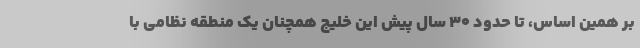
بر همین اساس، تا حدود 30 سال پیش این خلیج همچنان یک منطقه نظامی با